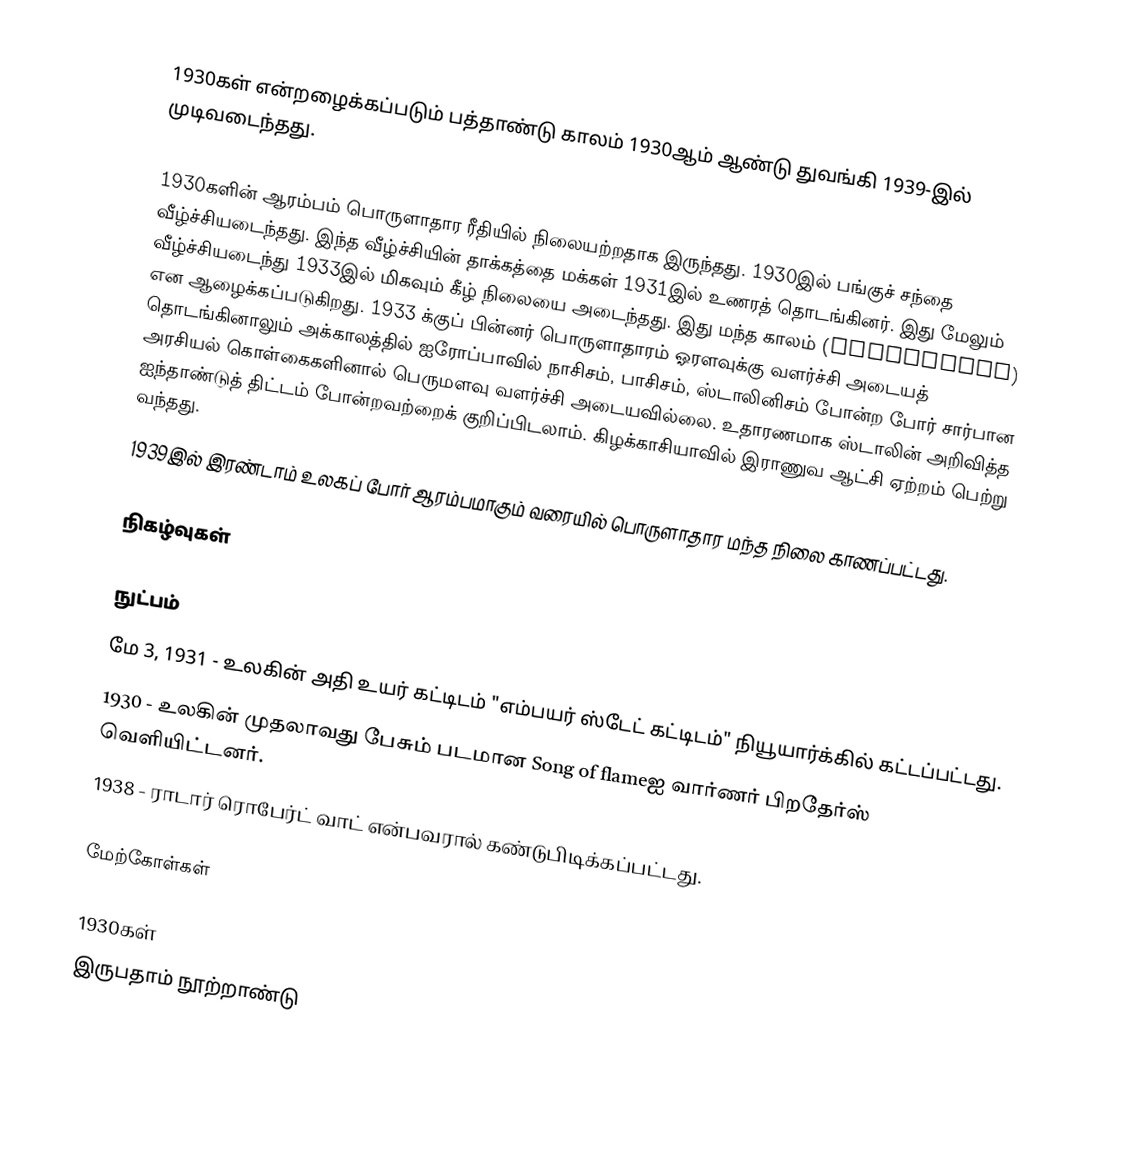
1930கள் என்றழைக்கப்படும் பத்தாண்டு காலம் 1930ஆம் ஆண்டு துவங்கி 1939-இல் முடிவடைந்தது.

1930களின் ஆரம்பம் பொருளாதார ரீதியில் நிலையற்றதாக இருந்தது. 1930இல் பங்குச் சந்தை வீழ்ச்சியடைந்தது. இந்த வீழ்ச்சியின் தாக்கத்தை மக்கள் 1931இல் உணரத் தொடங்கினர். இது மேலும் வீழ்ச்சியடைந்து 1933இல் மிகவும் கீழ் நிலையை அடைந்தது. இது மந்த காலம் (depression) என ஆழைக்கப்படுகிறது. 1933 க்குப் பின்னர் பொருளாதாரம் ஓரளவுக்கு வளர்ச்சி அடையத் தொடங்கினாலும் அக்காலத்தில் ஐரோப்பாவில் நாசிசம், பாசிசம், ஸ்டாலினிசம் போன்ற போர் சார்பான அரசியல் கொள்கைகளினால் பெருமளவு வளர்ச்சி அடையவில்லை. உதாரணமாக ஸ்டாலின் அறிவித்த ஐந்தாண்டுத் திட்டம் போன்றவற்றைக் குறிப்பிடலாம். கிழக்காசியாவில் இராணுவ ஆட்சி ஏற்றம் பெற்று வந்தது.
1939இல் இரண்டாம் உலகப் போர் ஆரம்பமாகும் வரையில் பொருளாதார மந்த நிலை காணப்பட்டது.

நிகழ்வுகள்

நுட்பம்
 மே 3, 1931 - உலகின் அதி உயர் கட்டிடம் "எம்பயர் ஸ்டேட் கட்டிடம்" நியூயார்க்கில் கட்டப்பட்டது.
 1930 - உலகின் முதலாவது பேசும் படமான Song of flameஐ வார்ணர் பிறதேர்ஸ் வெளியிட்டனர்.
 1938 - ராடார் ரொபேர்ட் வாட் என்பவரால் கண்டுபிடிக்கப்பட்டது.

மேற்கோள்கள்

1930கள்
இருபதாம் நூற்றாண்டு